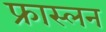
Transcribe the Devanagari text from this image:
फ्रास्लन